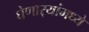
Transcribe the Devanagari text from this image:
घेणार्‍यांमध्ये